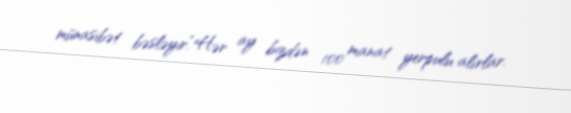
münasibət bəsləyir.“Hər ay bizdən 100 manat yerpulu alırlar.